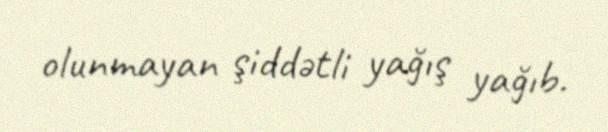
olunmayan şiddətli yağış yağıb.